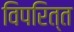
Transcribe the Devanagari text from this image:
विपरित्त